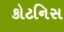
કોટનિસ